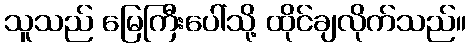
သူသည် မြေကြီးပေါ်သို့ ထိုင်ချလိုက်သည်။